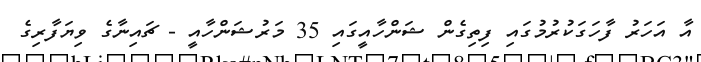
އާ އަހަރު ފާހަގަކުރުމުގައި ފިތިގެން ޝަންހާއީގައި 35 މަރުޝަންހާއީ - ޗައިނާގެ ވިޔަފާރިގެ